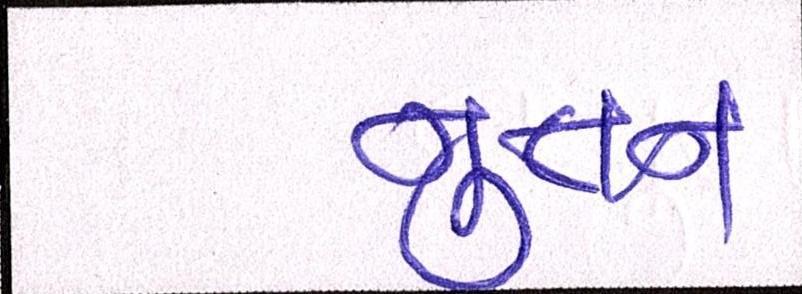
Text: નુતન